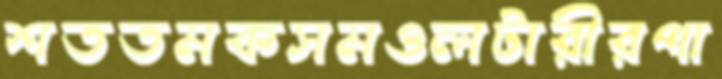
শততমকসমওলটারীরপা